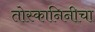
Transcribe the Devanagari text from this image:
तोस्कानिनीचा